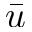
\bar { u }